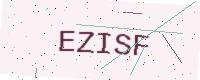
Text: EZISF